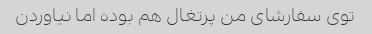
توی سفارشای من پرتغال هم بوده اما نیاوردن